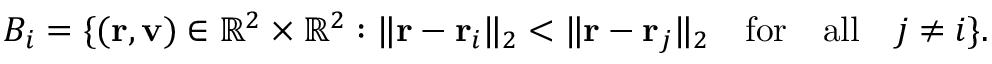
B _ { i } = \{ ( \mathbf { r } , \mathbf { v } ) \in \mathbb { R } ^ { 2 } \times \mathbb { R } ^ { 2 } : \| \mathbf { r } - \mathbf { r } _ { i } \| _ { 2 } < \| \mathbf { r } - \mathbf { r } _ { j } \| _ { 2 } \quad \mathrm { f o r } \quad \mathrm { a l l } \quad j \neq i \} .